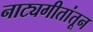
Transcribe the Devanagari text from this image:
नाट्यगीतांतून